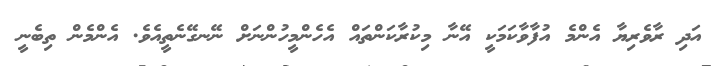
އަދި ރާވެރިޔާ އެންމެ އުފާވާކަމަކީ އޭނާ މިކުރާކަންތައް އެހެންމީހުންނަށް ނޭނގޭނެތީއެވެ. އެންމެން ތިބެނީ